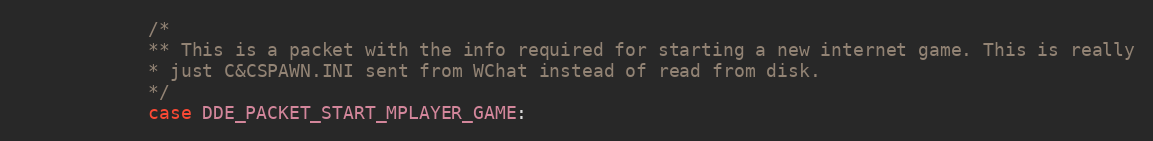
Language: C++
			/*
			** This is a packet with the info required for starting a new internet game. This is really
		 	* just C&CSPAWN.INI sent from WChat instead of read from disk.
			*/
			case DDE_PACKET_START_MPLAYER_GAME: